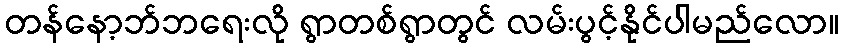
တန်နော့ဘ်ဘရေးလို ရွာတစ်ရွာတွင် လမ်းပွင့်နိုင်ပါမည်လော။